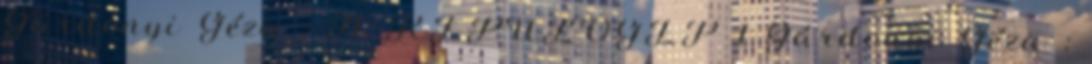
Gárdonyi Géza : A REPÜLŐGÉP 1 Gárdonyi Géza :